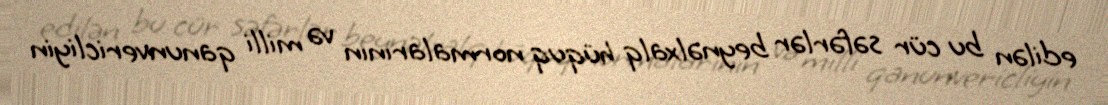
edilən bu cür səfərlər beynəlxalq hüquq normalarının və milli qanunvericliyin